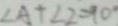
\angle A + \angle 2 = 9 0 ^ { \circ }